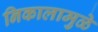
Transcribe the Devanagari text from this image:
निकालामुळे